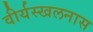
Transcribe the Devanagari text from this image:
वीर्यस्खलनास